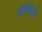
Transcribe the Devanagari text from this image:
पोलिनो